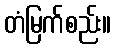
တံမြက်စည်း။